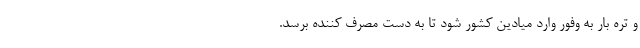
و تره بار به وفور وارد میادین کشور شود تا به دست مصرف کننده برسد.